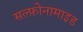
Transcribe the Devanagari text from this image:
सल्फ़ोनामाइड